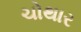
ચોથાર